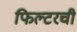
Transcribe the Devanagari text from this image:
फिल्टरची